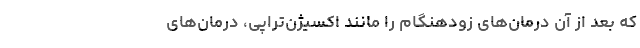
که بعد از آن درمان‌های زودهنگام را مانند اکسیژن‌تراپی، درمان‌های